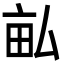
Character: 畆